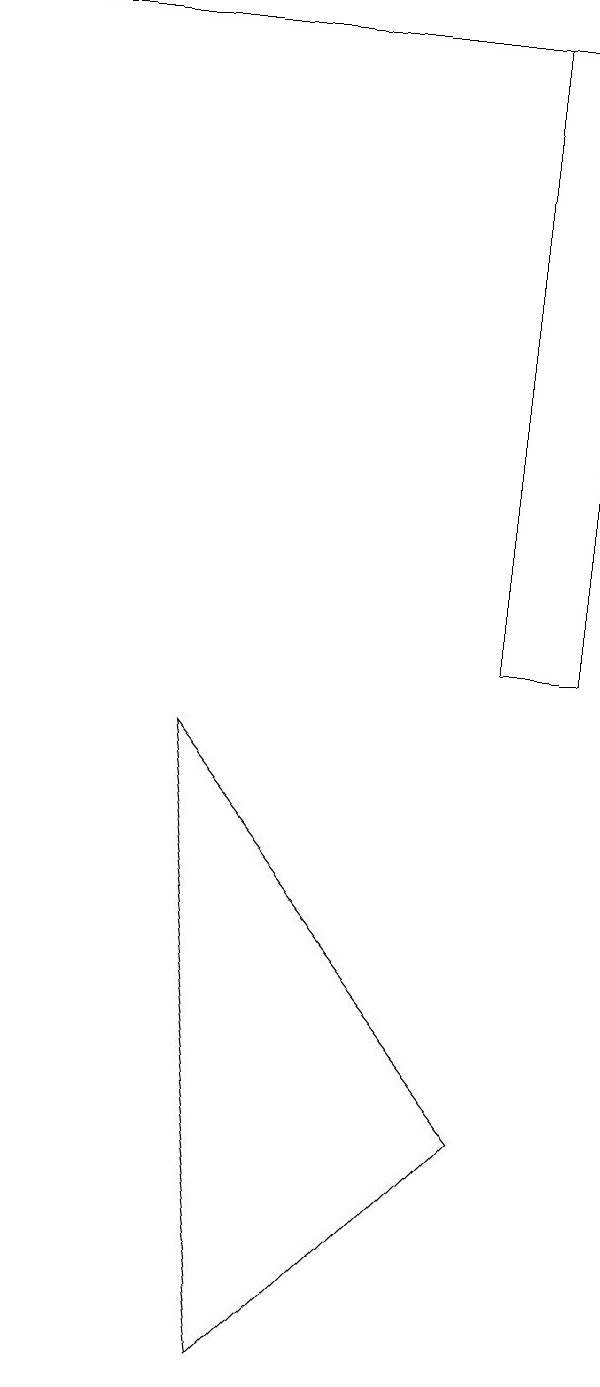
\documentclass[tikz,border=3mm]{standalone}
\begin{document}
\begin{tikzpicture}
\draw (7,4) -- (4,1) -- (3,9) -- cycle;
\draw (7,10) rectangle (8,18);
\draw (1,18) rectangle (7,18);
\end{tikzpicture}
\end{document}